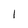
Character: l